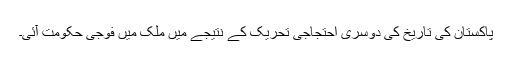
پاکستان کی تاریخ کی دوسری احتجاجی تحریک کے نتیجے میں ملک میں فوجی حکومت آئی۔